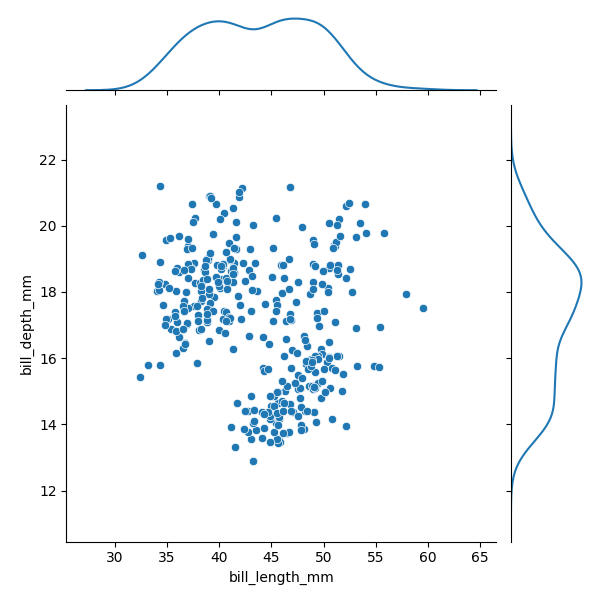
python, seaborn, JointGrid, scatterplot, kdeplot